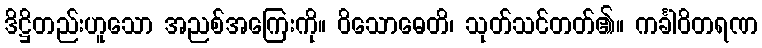
ဒိဋ္ဌိတည်းဟူသော အညစ်အကြေးကို။ ဝိသောဓေတိ၊ သုတ်သင်တတ်၏။ ကင်္ခါဝိတရဏ